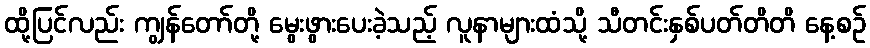
ထို့ပြင်လည်း ကျွန်တော်တို့ မွေးဖွားပေးခဲ့သည့် လူနာများထံသို့ သီတင်းနှစ်ပတ်တိတိ နေ့စဉ်